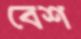
বেশ